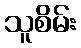
သူစိမ်း